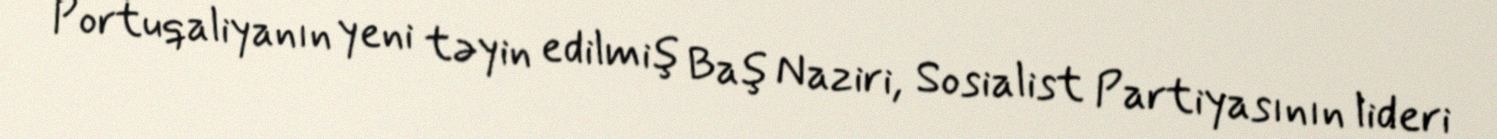
Portuqaliyanın yeni təyin edilmiş Baş Naziri, Sosialist Partiyasının lideri